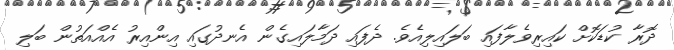
ދޮރާ ކުޑަކޮށް ކައިރިވެލާފައި ބަލައިލިއެވެ. ދެފައި ދަމާލައިގެން އެނދުގައި އިންއިރު އެއްއަތުން ބަލި